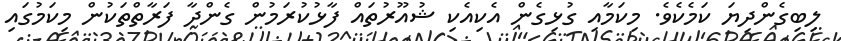
ލިބިގެންދިޔަ ކަމެކެވެ. މިކަމާއި ގުޅިގެން އެކިއެކި ޝުއޫރުތައް ފާޅުކުރަމުން ގެންދާ ފަރާތްތަކުން މިކަމުގައި